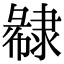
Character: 𨽽